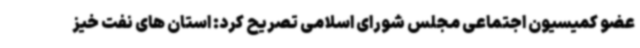
عضو کمیسیون اجتماعی مجلس شورای اسلامی تصریح کرد: استان های نفت خیز